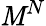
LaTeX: \mathit{M}^{N}